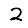
Digit: 2